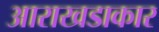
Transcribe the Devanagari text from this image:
आराखडाकार